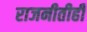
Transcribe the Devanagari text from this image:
राजनीतीही